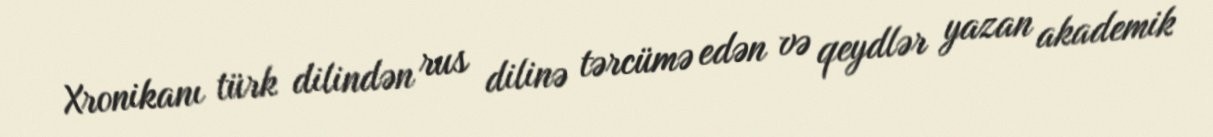
Xronikanı türk dilindən rus dilinə tərcümə edən və qeydlər yazan akademik